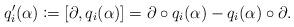
LaTeX: \begin{align*}q_i'(\alpha)\coloneqq [\partial, q_i(\alpha)] = \partial \circ q_i(\alpha) - q_i(\alpha)\circ\partial.\end{align*}